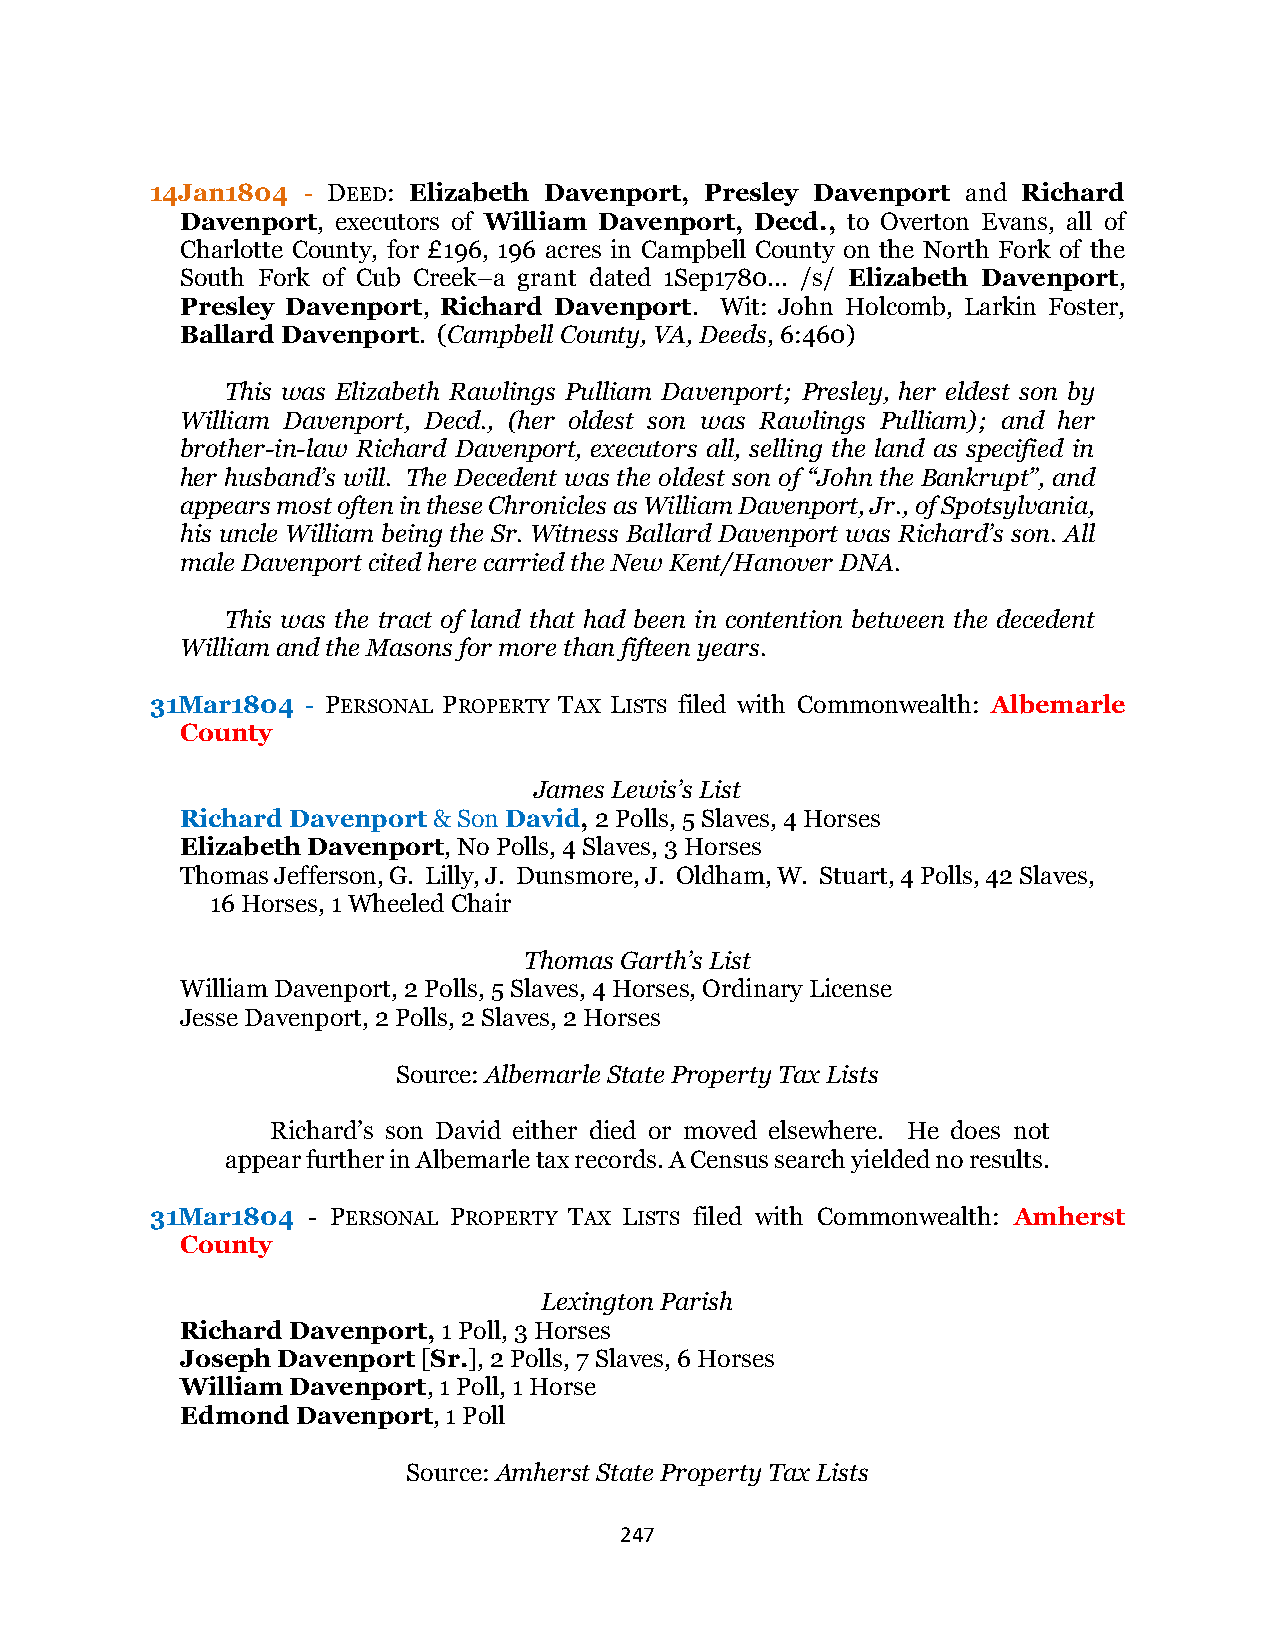
14Jan1804 - DEED: Elizabeth Davenport, Presley Davenport and Richard
 Davenport, executors of William Davenport, Decd., to Overton Evans, all of
 Charlotte County, for £196, 196 acres in Campbell County on the North Fork of the
 South Fork of Cub Creek–a grant dated 1Sep1780... /s/ Elizabeth Davenport,
 Presley Davenport, Richard Davenport. Wit: John Holcomb, Larkin Foster,
 Ballard Davenport. (Campbell County, VA, Deeds, 6:460)
 This was Elizabeth Rawlings Pulliam Davenport; Presley, her eldest son by
 William Davenport, Decd., (her oldest son was Rawlings Pulliam); and her
 brother-in-law Richard Davenport, executors all, selling the land as specified in
 her husband’s will. The Decedent was the oldest son of “John the Bankrupt”, and
 appears most often in these Chronicles as William Davenport, Jr., of Spotsylvania,
 his uncle William being the Sr. Witness Ballard Davenport was Richard’s son. All
 male Davenport cited here carried the New Kent/Hanover DNA.
 This was the tract of land that had been in contention between the decedent
 William and the Masons for more than fifteen years.
 31Mar1804 - PERSONAL PROPERTY TAX LISTS filed with Commonwealth: Albemarle
 County
 James Lewis’s List
 Richard Davenport & Son David, 2 Polls, 5 Slaves, 4 Horses
 Elizabeth Davenport, No Polls, 4 Slaves, 3 Horses
 Thomas Jefferson, G. Lilly, J. Dunsmore, J. Oldham, W. Stuart, 4 Polls, 42 Slaves,
 16 Horses, 1 Wheeled Chair
 Thomas Garth’s List
 William Davenport, 2 Polls, 5 Slaves, 4 Horses, Ordinary License
 Jesse Davenport, 2 Polls, 2 Slaves, 2 Horses
 Source: Albemarle State Property Tax Lists
 Richard’s son David either died or moved elsewhere. He does not
 appear further in Albemarle tax records. A Census search yielded no results.
 31Mar1804 - PERSONAL PROPERTY TAX LISTS filed with Commonwealth: Amherst
 County
 Lexington Parish
 Richard Davenport, 1 Poll, 3 Horses
 Joseph Davenport [Sr.], 2 Polls, 7 Slaves, 6 Horses
 William Davenport, 1 Poll, 1 Horse
 Edmond  Davenport, 1 Poll
 Source: Amherst State Property Tax Lists
 247